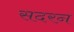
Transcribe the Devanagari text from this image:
सदरन